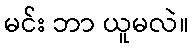
မင်း ဘာ ယူမလဲ။